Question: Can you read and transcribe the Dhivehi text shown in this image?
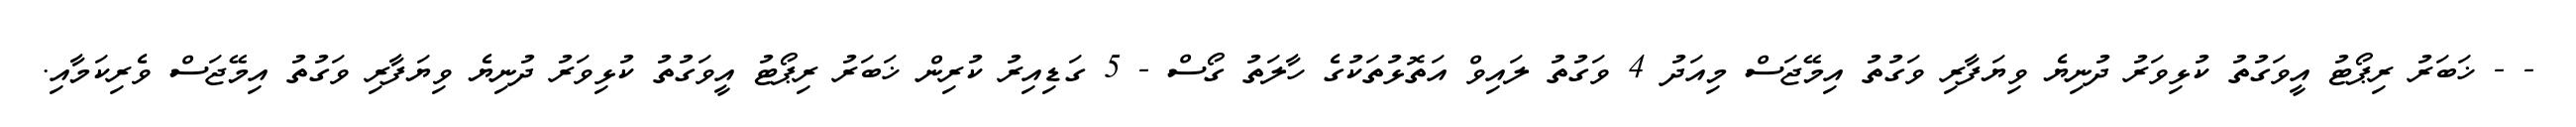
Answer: - - ޚަބަރު ރިޕޯޓު އީވަގުތު ކުޅިވަރު ދުނިޔެ ވިޔަފާރި ވަގުތު އިމޭޖަސް މިއަދު 4 ވަގުތު ލައިވް އަތޮޅުތަކުގެ ހާލަތު ގޯސް - 5 ގަޑިއިރު ކުރިން ޚަބަރު ރިޕޯޓު އީވަގުތު ކުޅިވަރު ދުނިޔެ ވިޔަފާރި ވަގުތު އިމޭޖަސް ވެރިކަމާއި.